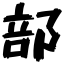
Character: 部